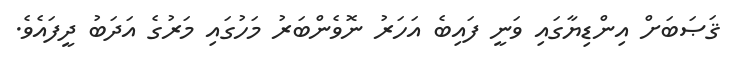
ޤަޞަބަށް އިންޑިޔާގައި ވަނީ ފައިބެ އަހަރު ނޮވެންބަރު މަހުގައި މަރުގެ އަދަބު ދީފައެވެ.